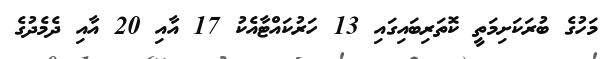
މަހުގެ ބުރަކަށިމަތީ ކޮތަރިބައިގައި 13 ހަރުކައްޓާއެކު 17 އާއި 20 އާއި ދެމެދުގެ